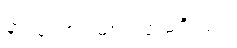
နားထောင်မယ့်လူ မရှိဘူး။